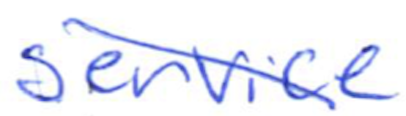
Text: service
Cross-out: diagonal
Writing tool: ballpoint